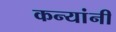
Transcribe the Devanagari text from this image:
कन्यांनी